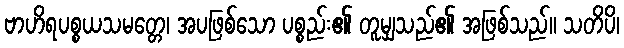
ဗာဟိရပစ္စယသမတ္တေ၊ အပဖြစ်သော ပစ္စည်း၏ တူမျှသည်၏ အဖြစ်သည်။ သတိပိ၊